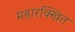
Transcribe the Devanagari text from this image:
महारक्खित